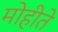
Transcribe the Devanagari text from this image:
मोहीते